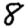
Digit: 8